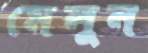
মেলুন